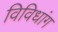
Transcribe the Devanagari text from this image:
विविधांग